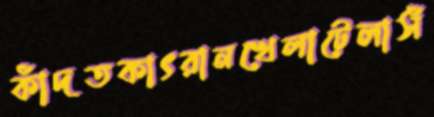
কাঁদতকাৎরানখেলাটেলাসঁ